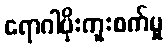
ရောဂါပိုးကူးစက်မှု